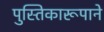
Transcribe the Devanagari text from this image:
पुस्तिकारूपाने